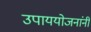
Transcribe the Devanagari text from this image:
उपाययोजनांनी